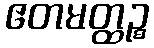
ဧတမတ္ထဉ္စ